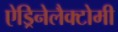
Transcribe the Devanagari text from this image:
ऐड्रिनेलैक्टोमी